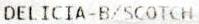
DELICIA-B/SCOTCH